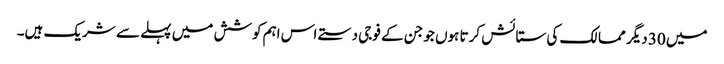
میں 30 دیگر ممالک کی ستائش کرتا ہوں جو جن کے فوجی دستے اس اہم کوشش میں پہلے سے شریک ہیں۔